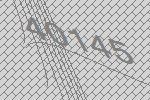
40145